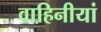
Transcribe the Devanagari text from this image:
वाहिनीयां